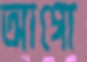
আগো